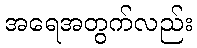
အရေအတွက်လည်း